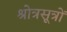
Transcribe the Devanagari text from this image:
श्रोत्रसूत्रों